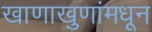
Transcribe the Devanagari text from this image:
खाणाखुणांमधून